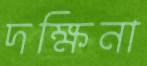
দক্ষিনা